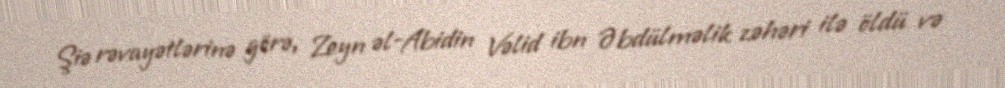
Şiə rəvayətlərinə görə, Zeyn əl-Abidin Vəlid ibn Əbdülməlik zəhəri ilə öldü və